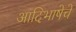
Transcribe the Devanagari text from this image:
आदिभाषेचे